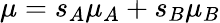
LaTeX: \mu=s_{A}\mu_{A}+s_{B}\mu_{B}